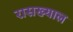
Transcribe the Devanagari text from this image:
रासख्याल